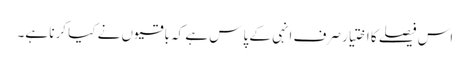
اس فیصلے کا اختیار صرف انہی کے پاس ہے کہ باقیوں نے کیا کرنا ہے۔